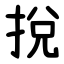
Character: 挩